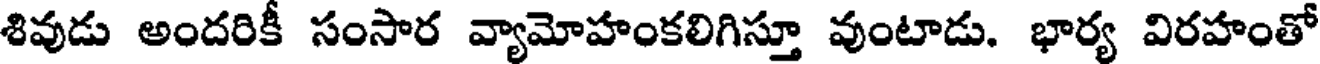
శివుడు అందరికీ సంసార వ్యామోహంకలిగిస్తూ వుంటాడు. భార్య విరహంతో